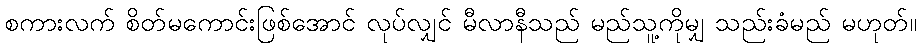
စကားလက် စိတ်မကောင်းဖြစ်အောင် လုပ်လျှင် မီလာနီသည် မည်သူ့ကိုမျှ သည်းခံမည် မဟုတ်။